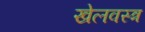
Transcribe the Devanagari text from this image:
खेलवस्त्र